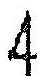
4